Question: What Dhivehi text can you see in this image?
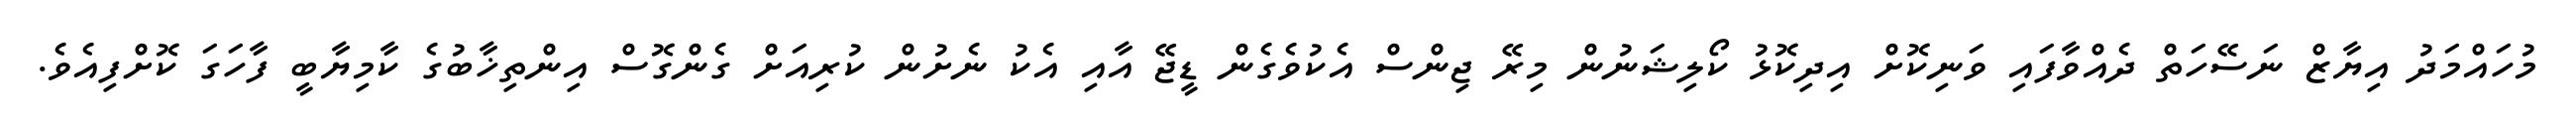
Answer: މުހައްމަދު އިޔާޒް ނަސޭހަތް ދެއްވާފައި ވަނިކޮށް އިދިކޮޅު ކޯލިޝަނުން މިރޭ ޖިންސް އެކުވެގެން ޑީޖޭ އާއި އެކު ނެށުން ކުރިއަށް ގެންގޮސް އިންތިޚާބުގެ ކާމިޔާބީ ފާހަގަ ކޮށްފިއެވެ.